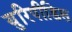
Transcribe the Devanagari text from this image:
युरिपीडिस